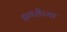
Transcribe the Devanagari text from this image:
डायरीच्या